Piroplasma canis and its life cycle in the tick - Number 29
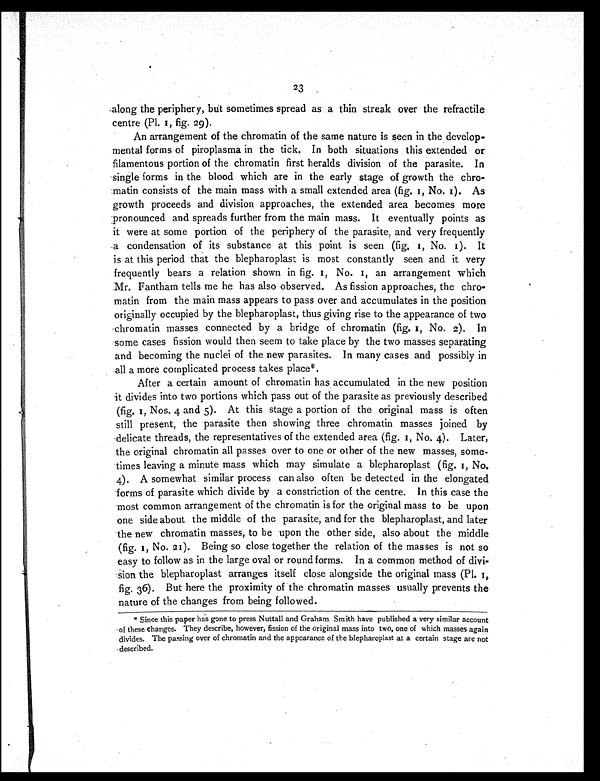
23
along the periphery, but sometimes spread as a thin streak over the refractile
centre (Pl. 1, fig. 29).
An arrangement of the chromatin of the same nature is seen in the develop-
mental forms of piroplasma in the tick. In both situations this extended or
filamentous portion of the chromatin first heralds division of the parasite. In
single forms in the blood which are in the early stage of growth the chro-
matin consists of the main mass with a small extended area (fig. 1, No. 1). As
growth proceeds and division approaches, the extended area becomes more
pronounced and spreads further from the main mass. It eventually points as
it were at some portion of the periphery of the parasite, and very frequently
a condensation of its substance at this point is seen (fig. 1, No. 1). It
is at this period that the blepharoplast is most constantly seen and it very
frequently bears a relation shown in fig. 1, No. 1, an arrangement which
Mr. Fantham tells me he has also observed. As fission approaches, the chro-
matin from the main mass appears to pass over and accumulates in the position
originally occupied by the blepharoplast, thus giving rise to the appearance of two
chromatin masses connected by a bridge of chromatin (fig. 1, No. 2). In
some cases fission would then seem to take place by the two masses separating
and becoming the nuclei of the new parasites. In many cases and possibly in
all a more complicated process takes place*.
After a certain amount of chromatin has accumulated in the new position
it divides into two portions which pass out of the parasite as previously described
(fig. 1, Nos. 4 and 5). At this stage a portion of the original mass is often
still present, the parasite then showing three chromatin masses joined by
delicate threads, the representatives of the extended area (fig. 1, No. 4). Later,
the original chromatin all passes over to one or other of the new masses, some-
times leaving a minute mass which may simulate a blepharoplast (fig. 1, No.
4). A somewhat similar process can also often be detected in the elongated
forms of parasite which divide by a constriction of the centre. In this case the
most common arrangement of the chromatin is for the original mass to be upon
one side about the middle of the parasite, and for the blepharoplast, and later
the new chromatin masses, to be upon the other side, also about the middle
(fig. 1, No. 21). Being so close together the relation of the masses is not so
easy to follow as in the large oval or round forms. In a common method of divi-
sion the blepharoplast arranges itself close alongside the original mass (Pl. 1,
fig. 36). But here the proximity of the chromatin masses usually prevents the
nature of the changes from being followed.
* Since this paper has gone to press Nuttall and Graham Smith have published a very similar account
of these changes. They describe, however, fission of the original mass into two, one of which masses again
divides. The passing over of chromatin and the appearance of the blepharoplast at a certain stage are not
described.